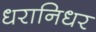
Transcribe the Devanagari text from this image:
धरानिधर